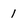
Character: 1